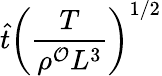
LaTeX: \hat{t}\left(\frac{T}{\rho^{\mathcal{O}}L^{3}}\right)^{1/2}